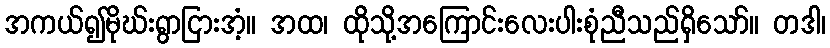
အကယ်၍မိုဃ်းရွာငြားအံ့။ အထ၊ ထိုသို့အကြောင်းလေးပါးစုံညီသည်ရှိသော်။ တဒါ၊